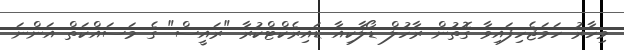
މިހާރު ހަމަޖެހިފައިވާ ގޮތުން ރާހުލް ޑޯލާކިއާ ޑައިރެކްޓްކުރާ "ރައީސް" ގެ މަސައްކަތް އަންނަ